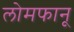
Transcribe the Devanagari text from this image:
लोमफानू